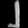
Digit: ၂